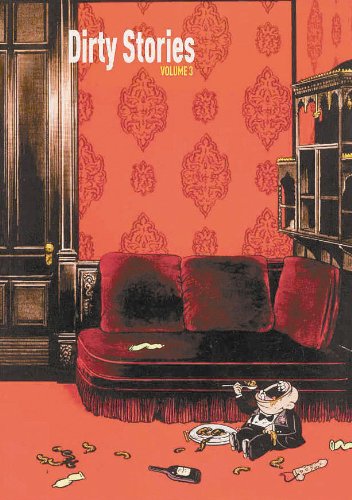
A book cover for Dirty Stories Volume 3; Romance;